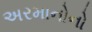
અરમાનોનો